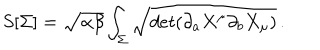
LaTeX: S [ \Sigma ] = \sqrt { \alpha \beta } \int _ { \Sigma } \sqrt { d e t ( \partial _ { a } X ^ { \mu } \partial _ { b } X _ { \mu } ) } \, .